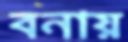
বনায়